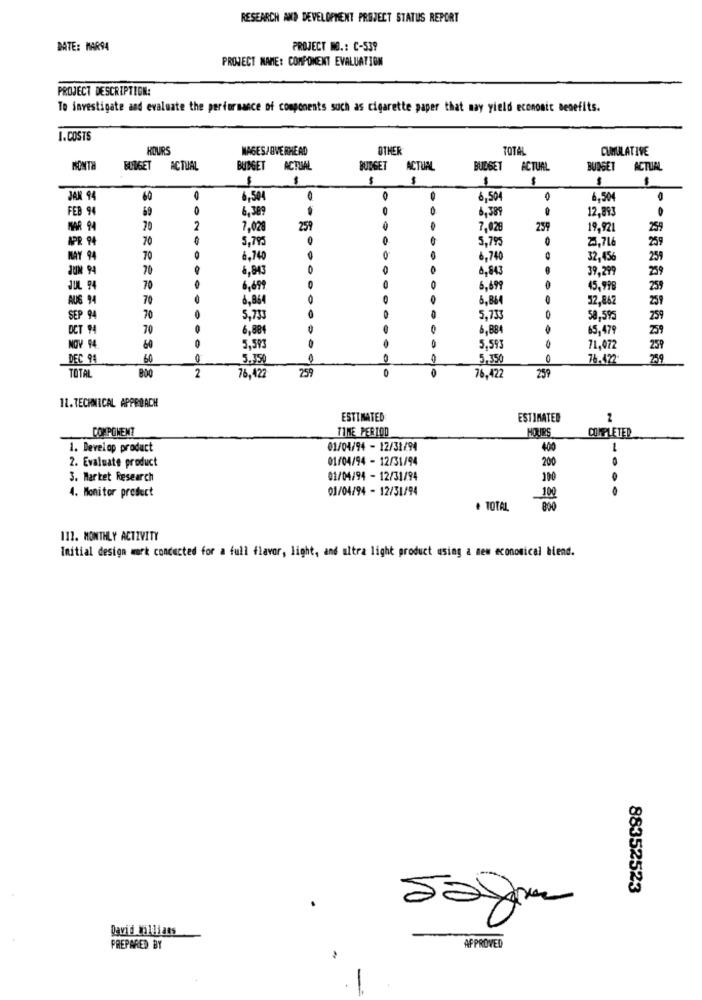
RESEARCH AND DEVELOPMENT PROJECT STATUS REPORT
DATE: MAR94
PROJECT NO .: C-539
PROJECT NAME: COMPONENT EVALUATION
PROJECT DESCRIPTION:
To investigate and evaluate the performance of components such as cigarette paper that may yield economic benefits.
1.COSTS
HOURS
MAGES/OVERHEAD
OTHER
TOTAL
CUMULATIVE
ISONTH
BUDGET
ACTUAL
BUDGET
ACTUAL
BUDGET
ACTUAL
BUDGET
ACTUAL
BUDGET
ACTUAL
$
1
-
-
$
JAN 94
60
6,504
0
6,504
6.504
FEB 94
69
6.389
0
6,389
..
12,893
MAR 94
70
2
7,02
259
7,028
259
19,921
25;
APR 94
70
5,795
5.795
2.716
259
MAY 94
70
O
6,740
0
6,740
32,456
259
JUM 94
70
6,843
0
4,843
39,299
JUL 94
70
6,699
5,699
45,998
259
AUS 94
70
8,864
O
O
6,864
52,862
259
SEP 94
70
5.73
5.73
58,595
259
DET 94
70
6,88
&,884
65,479
259
5.593
5.593
NOV 94
60
71,072
259
DEC 94
60
0
5.350
5.350
76.422
259
TOTAL
259
0
2
76,422
76,422
259
11. TECHNICAL APPROACH
ESTIMATED
ESTIMATED
COMPONENT
TIME PERIOD
HOURS
COMPLETED
1. Develop product
01/04/94 - 12/31/94
400
2. Evaluate product
01/04/94 - 12/31/94
200
3. Market Research
01/04/94 - 12/31/94
100
01/04/94 - 12/31/94
100
4. Monitor product
. TOTAL
112. MONTHLY ACTIVITY
Initial design mrk conducted for a full flavor, light, and ultra light product using a new economical blend.
88352523
David Williams
APPROVED
PREPARED BY